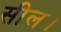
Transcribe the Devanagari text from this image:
सील।